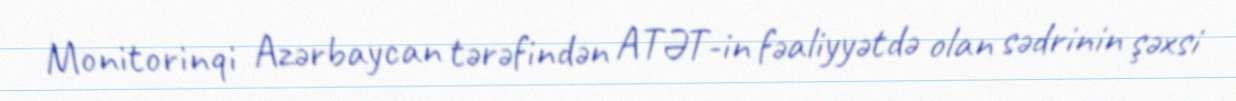
Monitorinqi Azərbaycan tərəfindən ATƏT-in fəaliyyətdə olan sədrinin şəxsi